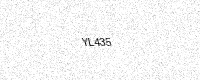
Text: YL435